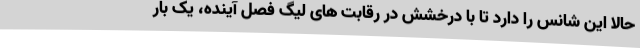
حالا این شانس را دارد تا با درخشش در رقابت های لیگ فصل آینده، یک بار